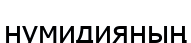
нумидияның